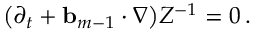
\bigl ( \partial _ { t } + \ensuremath { \mathbf { b } } _ { m - 1 } \cdot \nabla \bigr ) Z ^ { - 1 } = 0 \, .